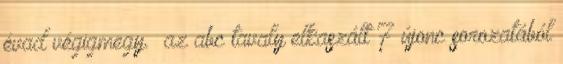
évad végigmegy.” az abc tavaly elkaszált 7 újonc sorozatából